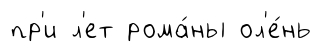
пр'и л'ет рома́ны ол'е́нь